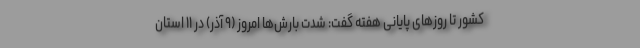
کشور تا روزهای پایانی هفته گفت: شدت بارش‌ها امروز (۹ آذر) در ۱۱ استان